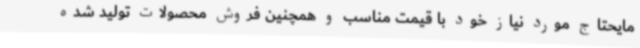
مایحتاج مورد نیاز خود با قیمت مناسب و همچنین فروش محصولات تولید شده